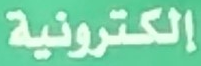
إلكترونية